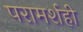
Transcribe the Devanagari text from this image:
परामर्शही